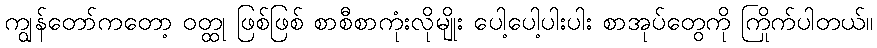
ကျွန်တော်ကတော့ ဝတ္ထု ဖြစ်ဖြစ် စာစီစာကုံးလိုမျိုး ပေါ့ပေါ့ပါးပါး စာအုပ်တွေကို ကြိုက်ပါတယ်။